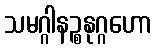
သမဂ္ဂါနဉ္စနုဂ္ဂဟော